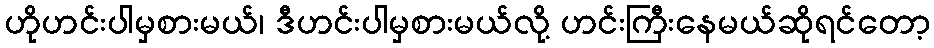
ဟိုဟင်းပါမှစားမယ်၊ ဒီဟင်းပါမှစားမယ်လို့ ဟင်းကြီးနေမယ်ဆိုရင်တော့